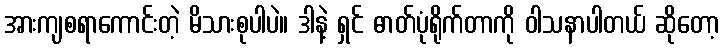
အားကျစရာကောင်းတဲ့ မိသားစုပါပဲ။ ဒါနဲ့ ရှင် ဓာတ်ပုံရိုက်တာကို ဝါသနာပါတယ် ဆိုတော့